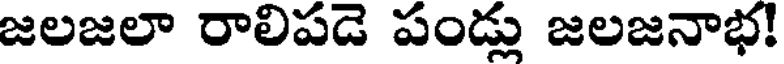
జలజలా రాలిపడె పండ్లు జలజనాభ!